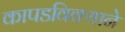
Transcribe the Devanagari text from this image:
कापडविक्याने